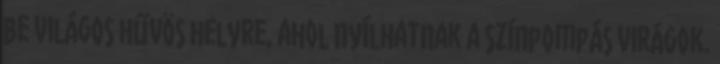
be világos hűvös helyre, ahol nyílhatnak a színpompás virágok.